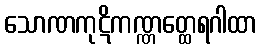
သောဏကုဋိကဏ္ဏတ္ထေရဂါထာ